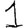
Digit: 1